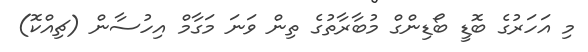
މި އަހަރުގެ ބޮޑީ ބޯޑިންގް މުބާރާތުގެ ތިން ވަނަ މަގާމް އިހުސާން (ޗިއްކޮ)